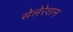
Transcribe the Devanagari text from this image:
सेलेरेशन